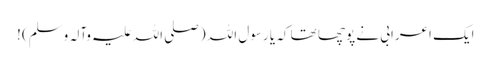
ایک اعرابی نے پوچھا تھا کہ یا رسول اللہ (صلی اللہ علیہ وآلہ وسلم) !